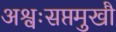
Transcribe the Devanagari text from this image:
अश्वःसप्तमुखौ